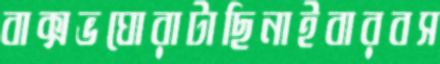
বাক্সভঘোরাটাছিনাইবারবস